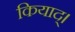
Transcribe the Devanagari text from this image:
कियाद्।